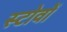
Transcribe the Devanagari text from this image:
स्टोवों